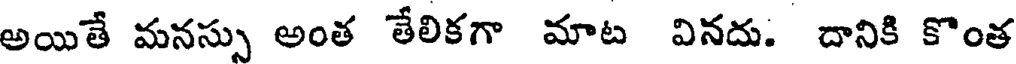
అయితే మనస్సు అంత తేలికగా మాట వినదు. దానికి కొంత